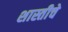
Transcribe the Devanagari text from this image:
शास्तीचे